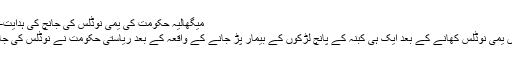
میگھالیہ حکومت کی یمی نوڈلس کی جانچ کی ہدایت– News18 Urdu
شیلانگ: میگھالیہ میں یمی نوڈلس کھانے کے بعد ایک ہی کبنہ کے پانچ لڑکوں کے بیمار پڑ جانے کے واقعہ کے بعد ریاستی حکومت نے نوڈلس کی جانچ کی ہدایت دی ہے۔